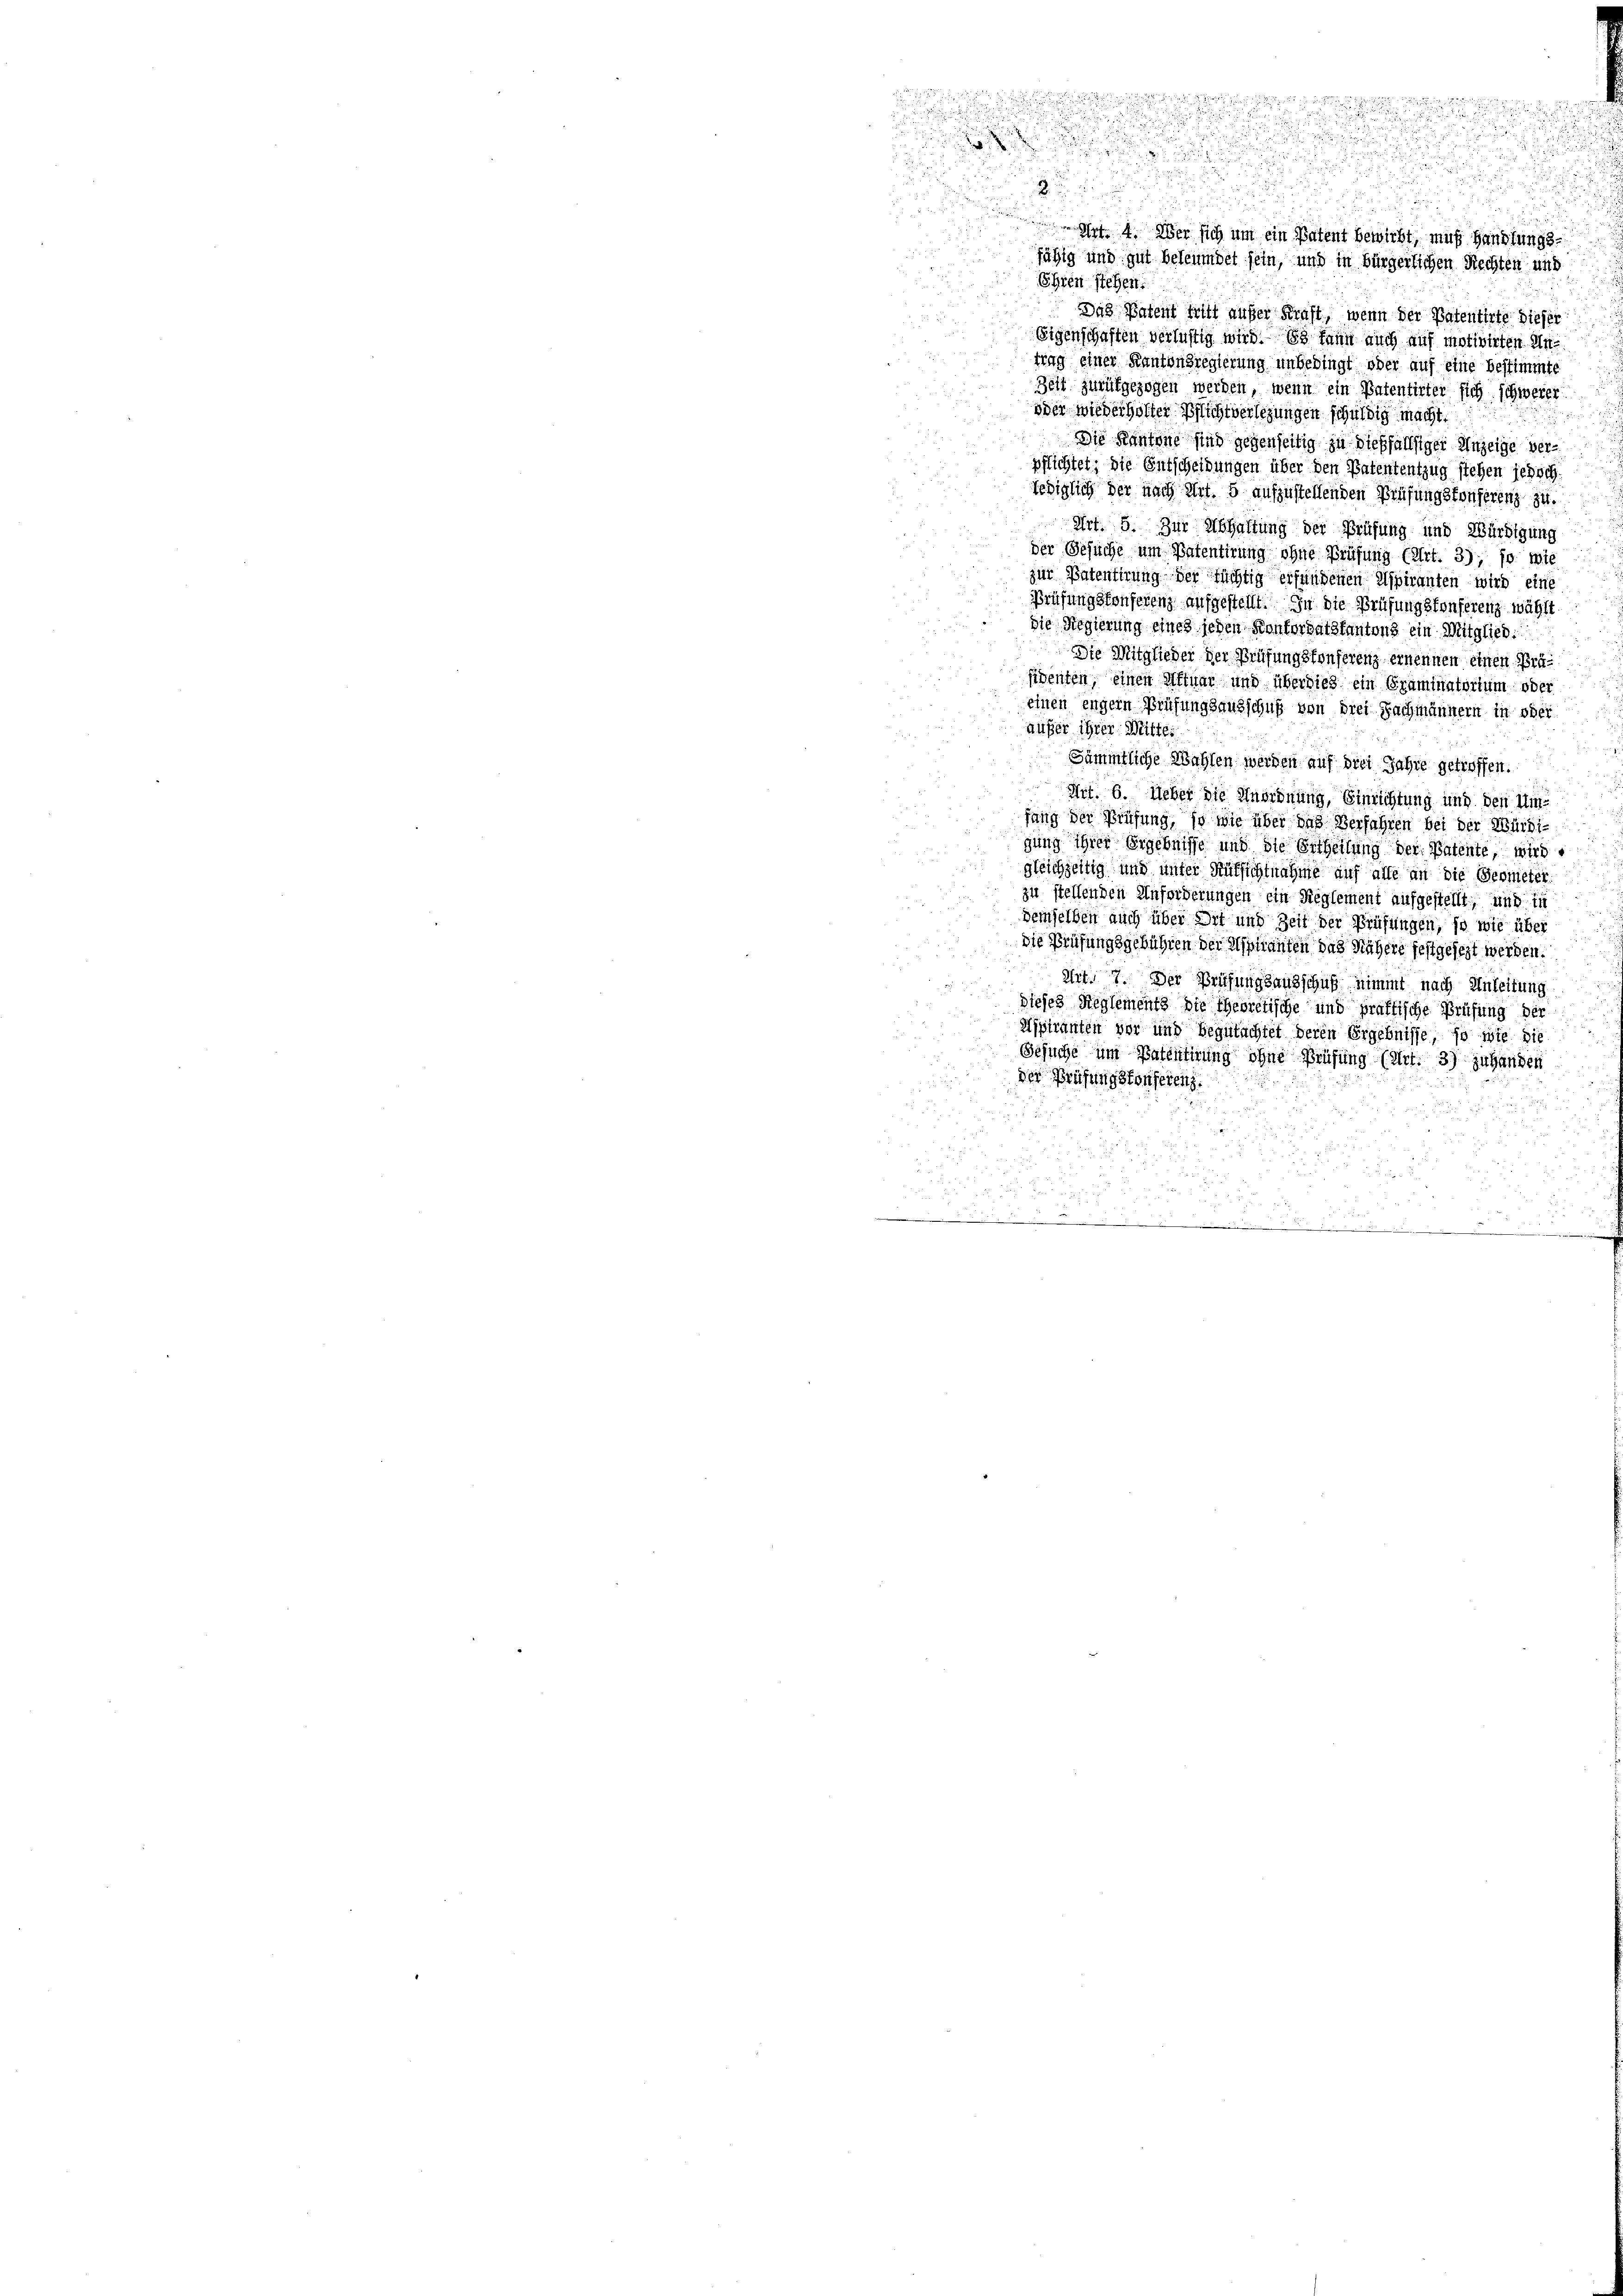
d

u
u

Ehren siehen
Das Patent tritt außer Kraft, wenn der Patentirte dieser
Eigenschaften verlustig wird. Es kann auch auf motivirten Untrag einer Kantonsregierung unbedingt oder auf eine bestimmte
Zeit zurückgezogen werden, wenn ein Patentirter sich schwerer
oder wiederholter Pflichtverlegungen schuldig macht.
Die Kantone sind gegenseitig zu dießfallsiger Anzeige ver-
pflichtet; die Entscheidungen über den Patententzug stehen jedoch
lediglich der nach Art. 5 aufzustellenden Prüfungskonferenz zu.
Art. 5. Zur Abhaltung der Prüfung und Würdigung
der Gesuche um Patentirung ohne Prüfung (Art. 3), so wi
zur Patentirung der tüchtig erfundenen Aspiranten wird eine
Prüfungskonferenz aufgestellt. In die Prüfungsfonserenz wählt
die Regierung eines jeden Konkordatskantons ein Mitglied:
Die Mitglieder der Prüfungsfonserenz ernennen einen Präsidenten, einen Aftuar und überdies ein Graminatorium oder
einen enger Prüfungsausschuß von drei Nachmännern in oder
aufer ihrer Mitte
Sämmtliche Wahlen werden auf drei Jahre getroffen.
Art. 6. Ueber die Unordnung, Einrichtung und den Mitfang der Prüfung, so wie über das Verfahren bei der Würdi-
gung ihrer Ergebnisse und die Ertheilung der Patente, wird
gleichzeitig und unter Rüksichtnahme auf alle an die Geometer
zu stellenden Anforderungen ein Reglement aufgestellt; und 1
demselben auch über Ort und Zeit der Prüfungen, so wie üb
die Prüfungsgebühren der Aspiranten das Nähere festgesezt werden
Art. 7. Der Prüfungsausschuß nimmt nach Anleitun
dieses Reglements die Theoretische und praktische Prüf
Aspiranten vor und Begutachtet deren Ergebnisse, so wie di
Gesuche um Patentirung ohne Prüfung (Art. 3) juhander
der Prüfungskonferen.
.
.
x

fähig und gut beleumdet sein, und in bürgerlichen Rechten und

4. Aber sich um ein Patent bewirkt, muß Handlungs¬